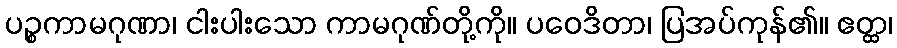
ပဉ္စကာမဂုဏာ၊ ငါးပါးသော ကာမဂုဏ်တို့ကို။ ပဝေဒိတာ၊ ပြအပ်ကုန်၏။ ဧတ္ထ၊